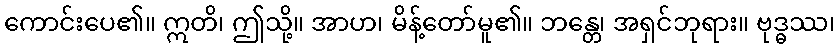
ကောင်းပေ၏။ ဣတိ၊ ဤသို့။ အာဟ၊ မိန့်တော်မူ၏။ ဘန္တေ၊ အရှင်ဘုရား။ ဗုဒ္ဓဿ၊